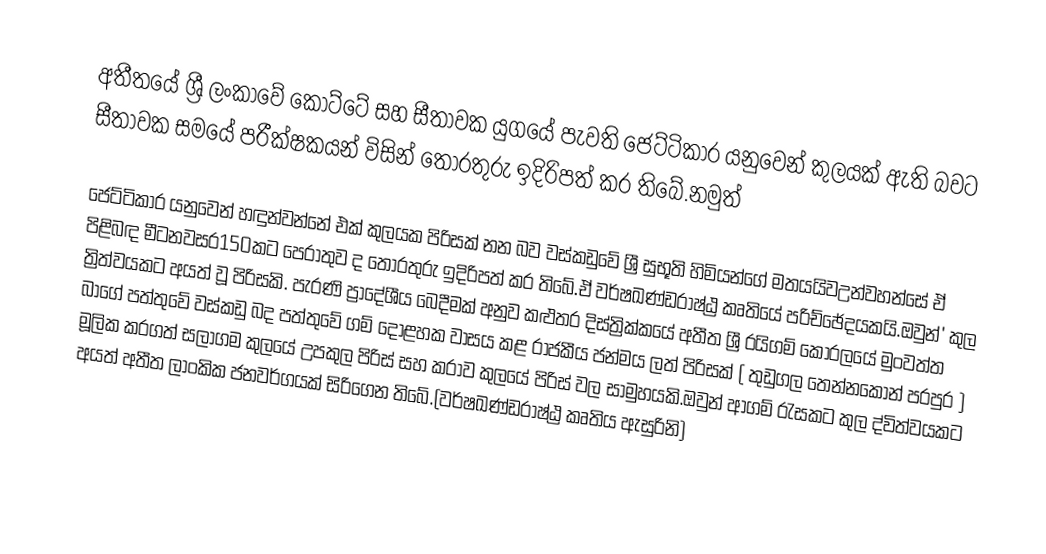
අතීතයේ ශ්‍රී ලංකාවේ කෝට්ටේ සහ සීතාවක යුගයේ පැවති ජෙට්ටිකාර යනුවෙන් කුලයක් ඇති බවට සීතාවක සමයේ පරීක්ෂකයන් විසින් තොරතුරු ඉදිරිපත් කර තිබේ.නමුත්

ජෙට්ටිකාර යනුවෙන් හඳුන්වන්නේ එක් කුලයක පිරිසක් නන බව වස්කඩුවේ ශ්‍රී සුභූති හිමියන්ගේ මතයයිවඋන්වහන්සේ ඒ පිළිබඳ මීටනවසර150කට පෙරාතුව ද තොරතුරු ඉදිරිපත් කර තිබේ.ඒ වර්ෂඛණ්ඩරාෂ්ඨ්‍ර කෘතියේ පරිච්ඡේදයකයි.ඔවුන් ් කුල ත්‍රිත්වයකට අයත් වූ පිරිසකි. පැරණි ප්‍රාදේශීය බෙදීමක් අනුව කළුතර දිස්ත්‍රික්කයේ අතීත ශ්‍රී රයිගම් කෝරලයේ මුංවත්ත බාගේ පත්තුවේ වස්කඩු බද පත්තුවේ ගම් දොළහක වාසය කළ රාජකීය ජන්මය ලත් පිරිසක් (  තුඩුගල තෙන්නකෝන් පරපුර ) මූලික කරගත් සලාගම කුලයේ උපකුල පිරිස් සහ කරාව කුලයේ පිරිස් වල සාමුහයකි.ඔවුන් ආගම් රැසකට කුල ද්විත්වයකට අයත් අතීත ලාංකික ජනවර්ගයක් සිරිගෙන තිබේ.(වර්ෂඛණ්ඩරාෂ්ඨ්‍ර කෘතිය ඇසුරිනි)